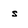
Character: s